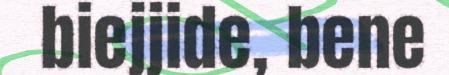
biejjide, bene